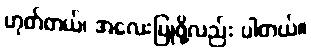
ဟုတ်တယ်၊ အလေးပြုဖို့လည်း ပါတယ်။